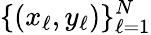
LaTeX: \{ (x_{\ell},y_{\ell})\} _{\ell=1}^{N}